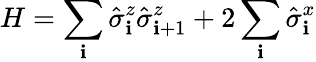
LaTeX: H=\sum_{\mathbf{i}}\hat{{\sigma}}_{\mathbf{i}}^{z}\hat{{\sigma}}_{\mathbf{i}+1}^{z}+2\sum_{\mathbf{i}}\hat{{\sigma}}_{\mathbf{i}}^{x}